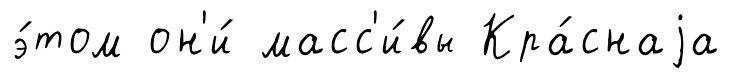
э́том он'и́ масс'и́вы Кра́снаjа